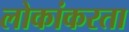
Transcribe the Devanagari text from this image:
लोकांकरता